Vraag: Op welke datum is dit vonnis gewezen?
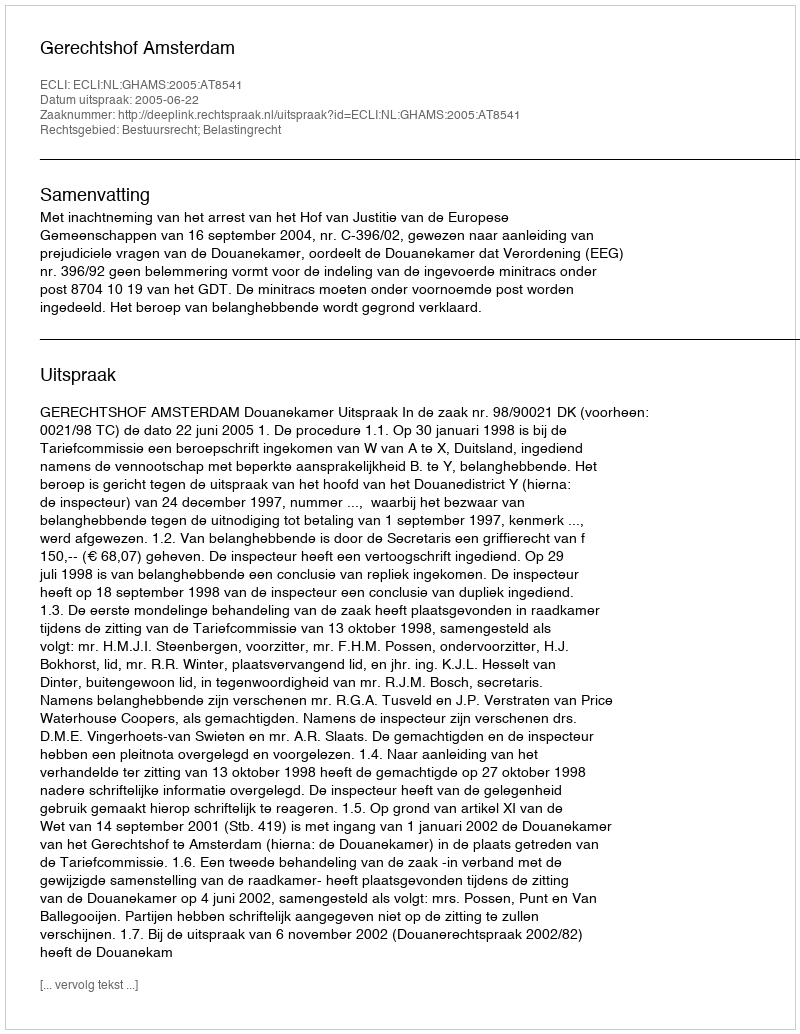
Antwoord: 2005-06-22